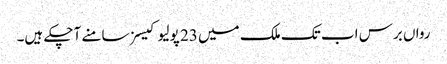
رواں برس اب تک ملک میں 23 پولیو کیسز سامنے آچکے ہیں۔